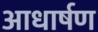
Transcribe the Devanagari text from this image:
आधार्षण